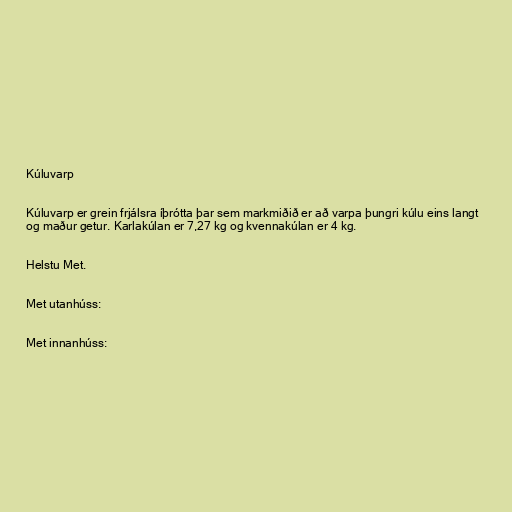
Kúluvarp

Kúluvarp er grein frjálsra íþrótta þar sem markmiðið er að varpa þungri kúlu eins langt
og maður getur. Karlakúlan er 7,27 kg og kvennakúlan er 4 kg.

Helstu Met.

Met utanhúss:

Met innanhúss: